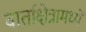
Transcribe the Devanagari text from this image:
वार्ताक्षेत्रामध्ये